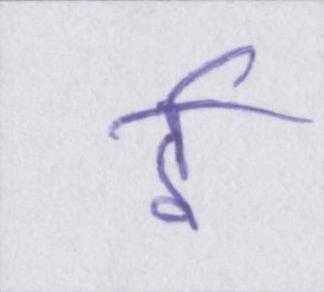
ई